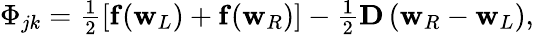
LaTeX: \begin{array}{r}{\Phi_{jk}=\frac{1}{2}\left[{\mathbf f}({\mathbf w}_{L})+{\mathbf f}({\mathbf w}_{R})\right]-\frac{1}{2}{\mathbf D}\left({\mathbf w}_{R}-{\mathbf w}_{L}\right),}\end{array}